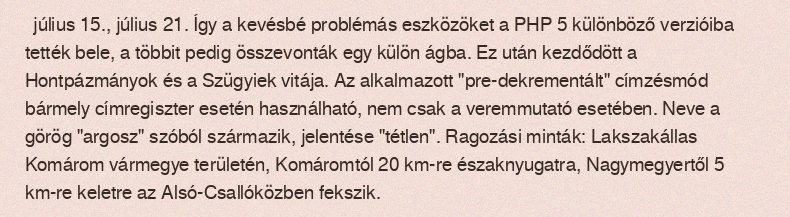
július 15., július 21. Így a kevésbé problémás eszközöket a PHP 5 különböző verzióiba tették bele, a többit pedig összevonták egy külön ágba. Ez után kezdődött a Hontpázmányok és a Szügyiek vitája. Az alkalmazott "pre-dekrementált" címzésmód bármely címregiszter esetén használható, nem csak a veremmutató esetében. Neve a görög "argosz" szóból származik, jelentése "tétlen". Ragozási minták: Lakszakállas Komárom vármegye területén, Komáromtól 20 km-re északnyugatra, Nagymegyertől 5 km-re keletre az Alsó-Csallóközben fekszik.